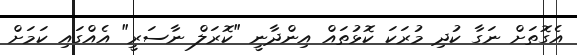
އެގޮތަށް ނަގާ ކުދި މުރަކަ ކޮޅުތައް އިންދާނީ "ކޮރަލް ނާސަރީ" އެއްގައި ކަމަށް